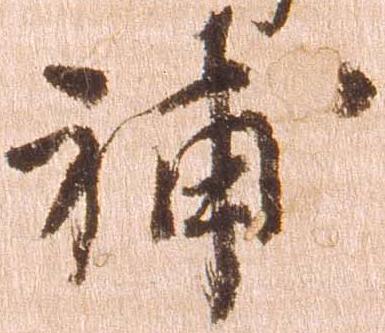
補